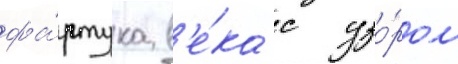
фа́ртука в'е́ка с узо́ром